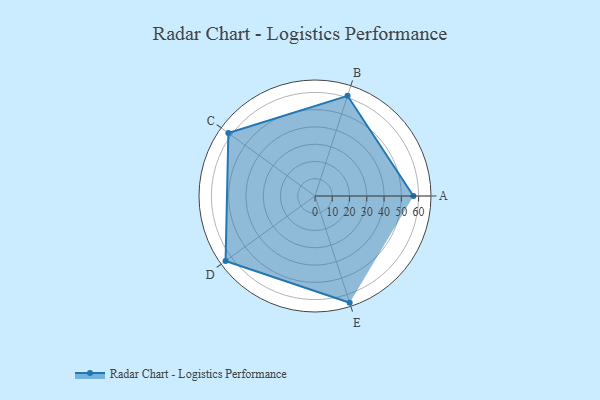
{"axis": {"x": "Skill", "y": "Score"}, "legend": ["Profile"], "data": [{"x": "A", "y": 57.0, "type": "Profile"}, {"x": "B", "y": 61.0, "type": "Profile"}, {"x": "C", "y": 62.0, "type": "Profile"}, {"x": "D", "y": 64.0, "type": "Profile"}, {"x": "E", "y": 65.0, "type": "Profile"}]}